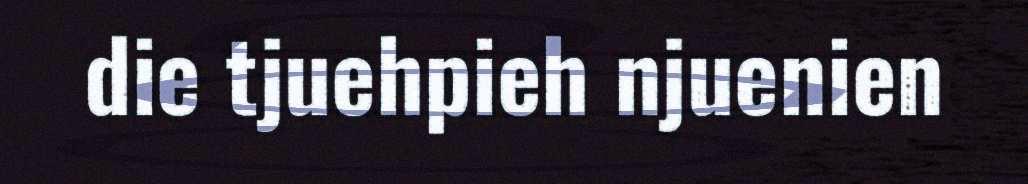
die tjuehpieh njuenien